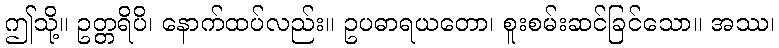
ဤသို့။ ဥတ္တရိပိ၊ နောက်ထပ်လည်း။ ဥပဓာရယတော၊ စူးစမ်းဆင်ခြင်သော။ အဿ၊